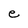
Character: e